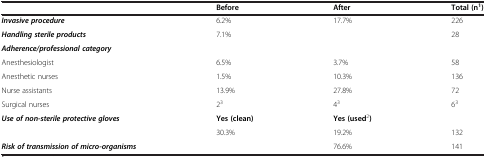
|  | Before | After | Total (n1) |
 | --- | --- | --- | --- |
 | Invasive procedure | 6.2% | 17.7% | 226 |
 | Handling sterile products | 7.1% |  | 28 |
 | <COLSPAN=4> Adherence/professional category |
 | Anesthesiologist | 6.5% | 3.7% | 58 |
 | Anesthetic nurses | 1.5% | 10.3% | 136 |
 | Nurse assistants | 13.9% | 27.8% | 72 |
 | Surgical nurses | 23 | 43 | 63 |
 | Use of non-sterile protective gloves | Yes (clean) | Yes (used2) |  |
 |  | 30.3% | 19.2% | 132 |
 | Risk of transmission of micro-organisms |  | 76.6% | 141 |